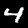
Label: 4